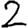
Digit: 2